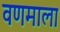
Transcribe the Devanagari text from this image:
वणमाला